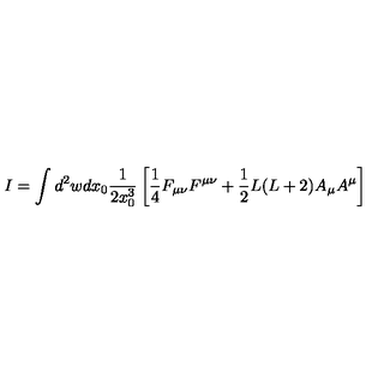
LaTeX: I = \int d ^ { 2 } w d x _ { 0 } \frac { 1 } { 2 x _ { 0 } ^ { 3 } } \left[ \frac 1 4 F _ { \mu \nu } F ^ { \mu \nu } + \frac 1 2 L ( L + 2 ) A _ { \mu } A ^ { \mu } \right]